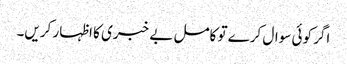
اگر کوئی سوال کرے تو کامل بے خبری کا اظہار کریں۔